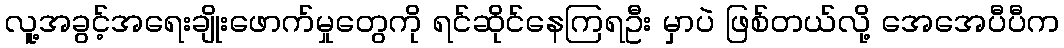
လူ့အခွင့်အရေးချိုးဖောက်မှုတွေကို ရင်ဆိုင်နေကြရဦး မှာပဲ ဖြစ်တယ်လို့ အေအေပီပီက